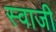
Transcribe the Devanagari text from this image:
स्वाजी